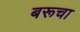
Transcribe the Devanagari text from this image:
बरूचा